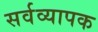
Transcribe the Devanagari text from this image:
सर्वव्‍यापक